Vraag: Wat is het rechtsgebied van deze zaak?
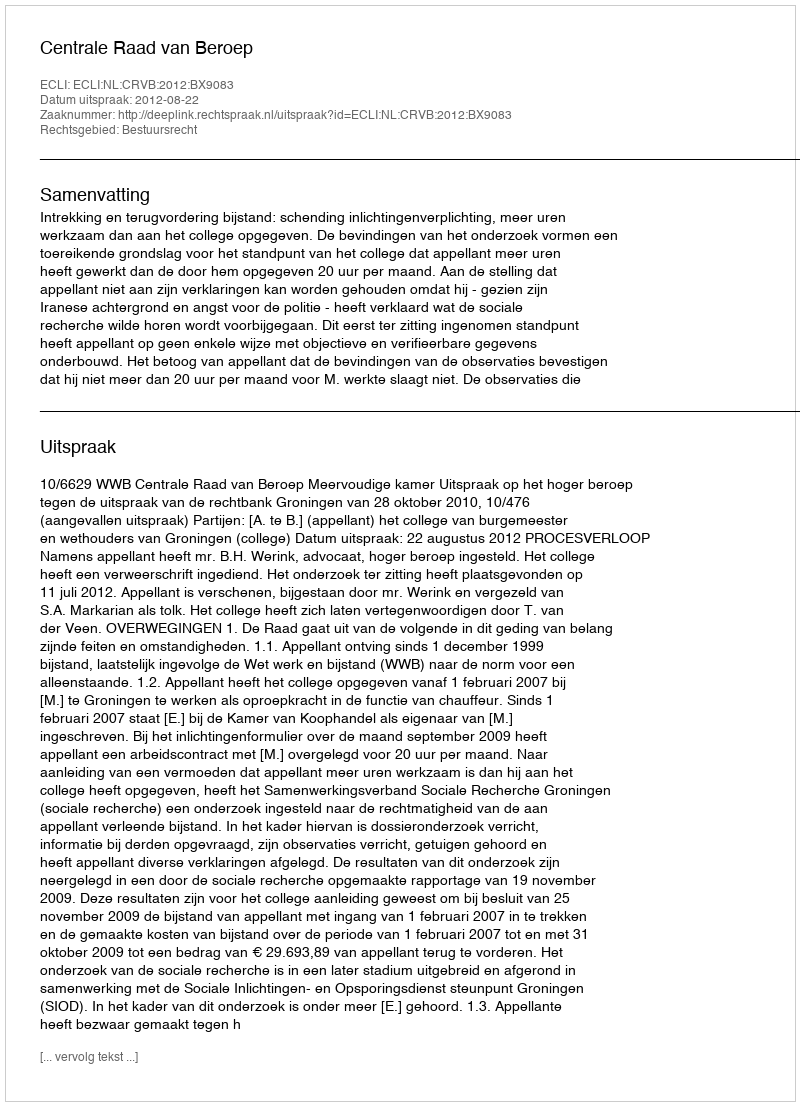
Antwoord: Bestuursrecht